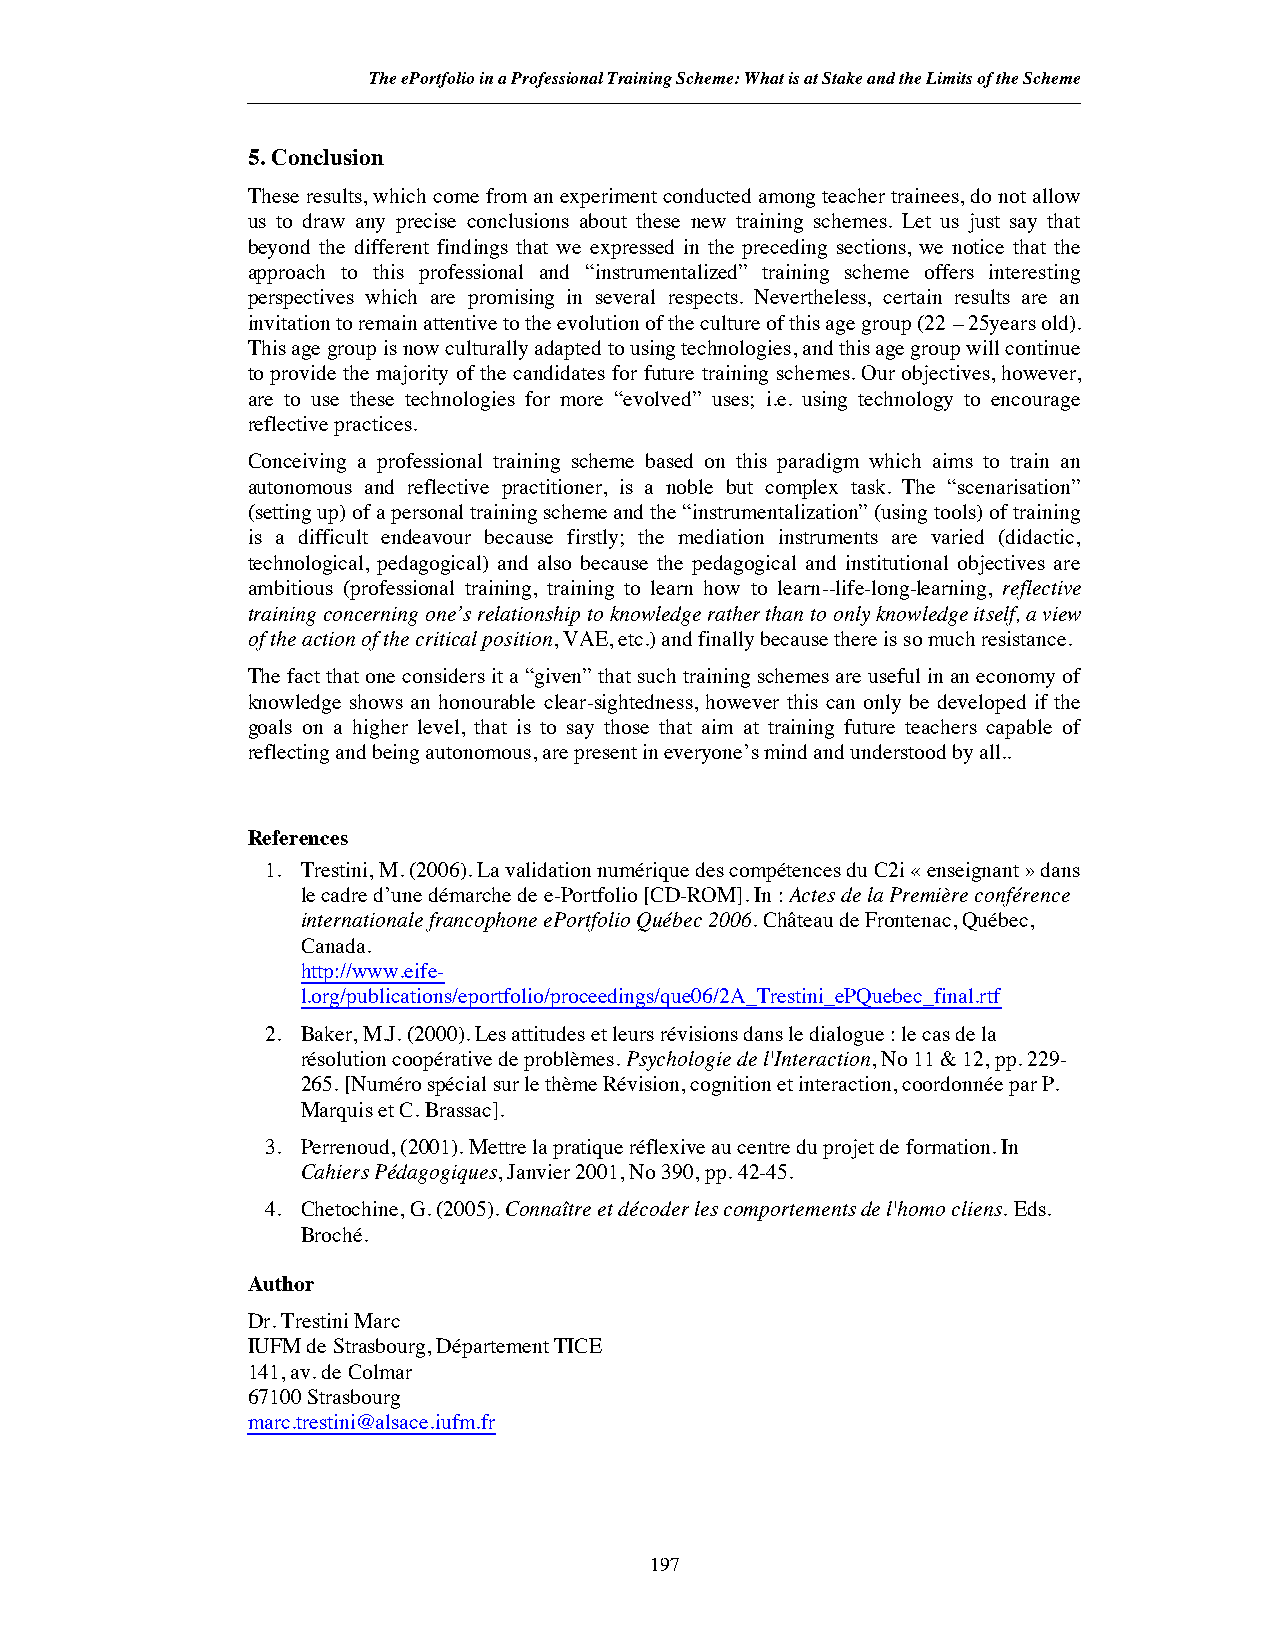
The ePortfolio in a Professional Training Scheme: What is at Stake and the Limits of the Scheme
 5. Conclusion
 These results, which come from an experiment conducted among teacher trainees, do not allow
 us to draw any precise conclusions about these new training schemes. Let us just say that
 beyond the different findings that we expressed in the preceding sections, we notice that the
 approach to this professional and “instrumentalized” training scheme offers interesting
 perspectives which are promising in several respects. Nevertheless, certain results are an
 invitation to remain attentive to the evolution of the culture of this age group (22 – 25years old).
 This age group is now culturally adapted to using technologies, and this age group will continue
 to provide the majority of the candidates for future training schemes. Our objectives, however,
 are to use these technologies for more “evolved” uses; i.e. using technology to encourage
 reflective practices.
 Conceiving a professional training scheme based on this paradigm which aims to train an
 autonomous and reflective practitioner, is a noble but complex task. The “scenarisation”
 (setting up) of a personal training scheme and the “instrumentalization” (using tools) of training
 is a difficult endeavour because firstly; the mediation instruments are varied (didactic,
 technological, pedagogical) and also because the pedagogical and institutional objectives are
 ambitious (professional training, training to learn how to learn--life-long-learning, reflective
 training concerning one’s relationship to knowledge rather than to only knowledge itself, a view
 of the action of the critical position, VAE, etc.) and finally because there is so much resistance.
 The fact that one considers it a “given” that such training schemes are useful in an economy of
 knowledge shows an honourable clear-sightedness, however this can only be developed if the
 goals on a higher level, that is to say those that aim at training future teachers capable of
 reflecting and being autonomous, are present in everyone’s mind and understood by all..
 References
 1. Trestini, M. (2006). La validation numérique des compétences du C2i «enseignant» dans
 le cadre d’une démarche de e-Portfolio [CD-ROM]. In:Actes de la Première conférence
 internationale francophone ePortfolio Québec 2006. Château de Frontenac, Québec,
 Canada.
 http://www.eife-
 l.org/publications/eportfolio/proceedings/que06/2A_Trestini_ePQuebec_final.rtf
 2. Baker, M.J. (2000). Les attitudes et leurs révisions dans le dialogue : le cas de la
 résolution coopérative de problèmes.Psychologie de l'Interaction, No 11 & 12, pp. 229-
 265. [Numéro spécial sur le thème Révision, cognition et interaction, coordonnée par P.
 Marquis et C. Brassac].
 3. Perrenoud, (2001). Mettre la pratique réflexive au centre du projet de formation. In
 Cahiers Pédagogiques, Janvier 2001, No 390, pp. 42-45.
 4. Chetochine, G. (2005).Connaître et décoder les comportements de l'homo cliens. Eds.
 Broché.
 Author
 Dr. Trestini Marc
 IUFM de Strasbourg, Département TICE
 141, av. de Colmar
 67100 Strasbourg
 marc.trestini@alsace.iufm.fr
 197